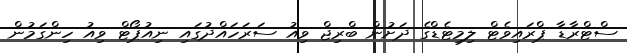
ސްޓްރާޑާ ޕްރައިވެޓް ލިމިޓެޑްގެ ދަށުން ބްރިޖް ވިއު ސަރަހައްދުގައި ނިއުޕޯޓް ވިއު ހިންގަމުން